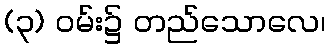
(၃) ဝမ်း၌ တည်သောလေ၊